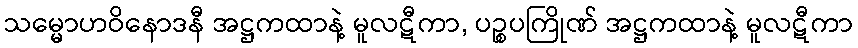
သမ္မောဟဝိနောဒနီ အဋ္ဌကထာနဲ့ မူလဋီကာ, ပဉ္စပကြိုဏ် အဋ္ဌကထာနဲ့ မူလဋီကာ